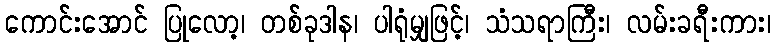
ကောင်းအောင် ပြုလော့၊ တစ်ခုဒါန၊ ပါရုံမျှဖြင့်၊ သံသရာကြီး၊ လမ်းခရီးကား၊